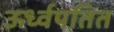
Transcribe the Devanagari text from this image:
ऊर्ध्वपतित